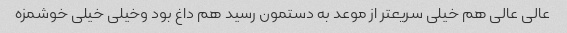
عالی عالی هم خیلی سریعتر از موعد به دستمون رسید هم داغ بود وخیلی خیلی خوشمزه